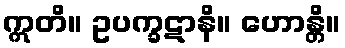
ဣတိ။ ဥပက္ခဋာနိ။ ဟောန္တိ။